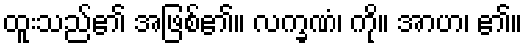
ထူးသည်၏ အဖြစ်၏။ လက္ခဏံ၊ ကို။ အာဟ၊ ၏။